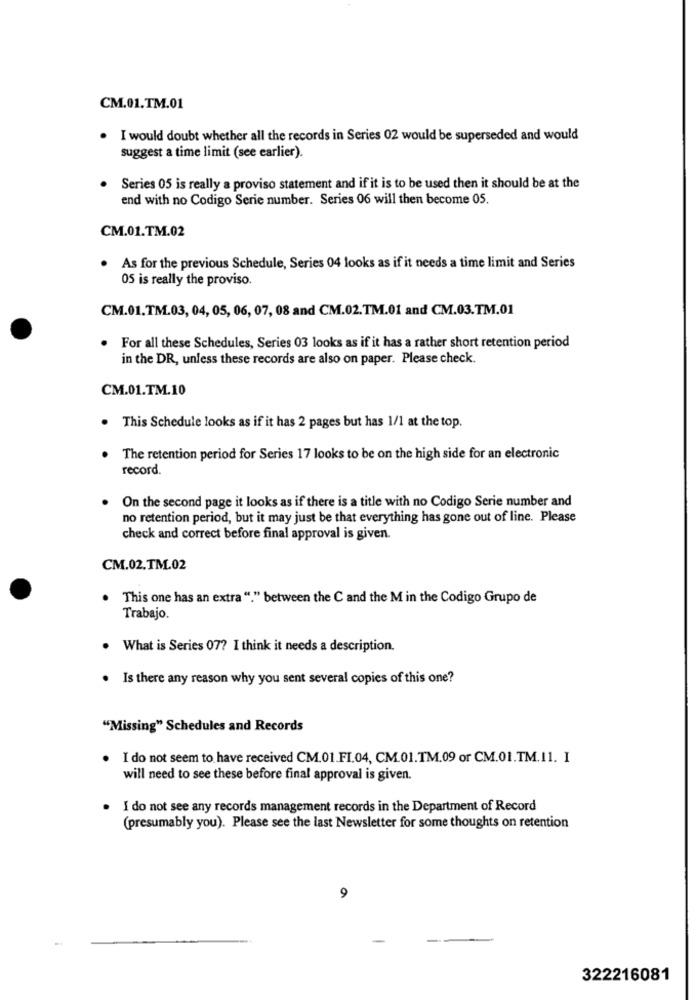
CM.01.TM.01
. I would doubt whether all the records in Series 02 would be superseded and would
suggest a time limit (see earlier).
Series 05 is really a proviso statement and if it is to be used then it should be at the
end with no Codigo Serie number. Series 06 will then become 05.
CM.01.TM.02
.
As for the previous Schedule, Series 04 looks as if it needs a time limit and Series
05 is really the proviso.
CM.01.TM.03, 04, 05, 06, 07, 08 and CM.02.TM.01 and CM.03.TM.01
For all these Schedules, Series 03 looks as if it has a rather short retention period
in the DR, unless these records are also on paper. Please check
CM.01.TM.10
This Schedule looks as if it has 2 pages but has 1/1 at the top.
The retention period for Series 17 looks to be on the high side for an electronic
record.
On the second page it looks as if there is a title with no Codigo Serie number and
no retention period, but it may just be that everything has gone out of line. Please
check and correct before final approval is given.
CM.02.TM.02
This one has an extra "." between the C and the M in the Codigo Grupo de
Trabajo.
What is Series 07? I think it needs a description.
Is there any reason why you sent several copies of this one?
"Missing" Schedules and Records
I do not seem to have received CM.01.FI.04, CM.01.TM.09 or CM.01.TM.11. I
will need to see these before final approval is given.
I do not see any records management records in the Department of Record
(presumably you). Please see the last Newsletter for some thoughts on retention
9
322216081